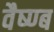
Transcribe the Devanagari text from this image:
वैष्ण्ब